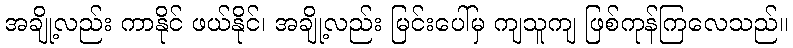
အချို့လည်း ကာနိုင် ဖယ်နိုင်၊ အချို့လည်း မြင်းပေါ်မှ ကျသူကျ ဖြစ်ကုန်ကြလေသည်။